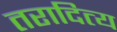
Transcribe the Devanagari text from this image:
तरादित्य